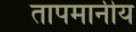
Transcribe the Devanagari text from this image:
तापमानीय